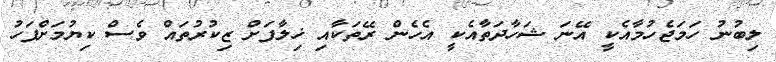
ލިބުނު ހަމަޖެހުމާއެކީ އޭނަ ޝަހާދަތާއެކީ އެހެން ރޭތަކާއި ޚިލާފަށް ޒިކުރުތައް ވެސް ކިޔުމަށްފަހު